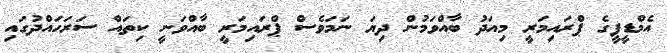
އެމްޑީޕީގެ ޕްރައިމަރީ މިއަދު ބާއްވަމުން ދިޔަ ނަމަވެސް ޕްރައިމަރީ ބާއްވަނީ ކިތައް ސަރަހައްދުގައި